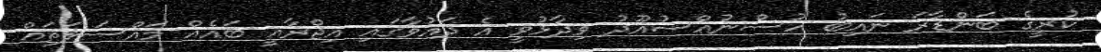
ކުރީގެ ބަންޑާރަ ނައިބު ހުސްނުއްސުއޫދު ވިދާޅުވީ އެ ދައުވާގައި އިޖްރާއީ ބައެއް މައްސަލަތައް